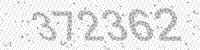
Solution: 372362